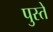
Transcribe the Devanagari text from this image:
पुस्ते